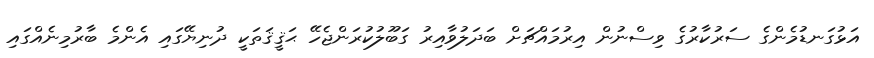
އަޅުގަނޑުމެންގެ ސަރުކާރުގެ ވިސްނުން އިރުމައްޗަށް ބަދަލުވާއިރު ގަބޫލުކުރަންޖެހޭ ޙަޤީޤަތަކީ ދުނިޔޭގައި އެންމެ ބާރުމިނެއްގައި